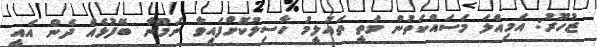
ޒުހޫރު: އަމިއްލަ މަސައްކަތުން މަތީ ތައުލީމު ހާސިލުކޮށްފައިވާ ނަމޫނާ ބޭފުޅެއް ދެން އައީ